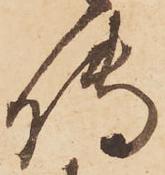
傳